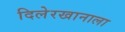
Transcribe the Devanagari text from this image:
दिलेरखानाला